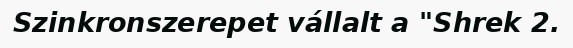
Szinkronszerepet vállalt a "Shrek 2.